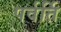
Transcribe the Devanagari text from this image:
पर्वर्ति